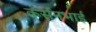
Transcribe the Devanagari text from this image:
कर्सनभाई